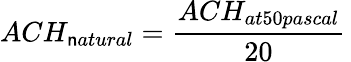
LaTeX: ACH_{\mathsf{n}atural}={\frac{{ACH_{at50pascal}}}{{20}}}\,